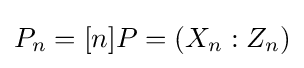
P_{n}=[n]P=(X_{n}:Z_{n})